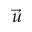
\vec { u }